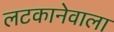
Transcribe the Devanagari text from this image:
लटकानेवाला